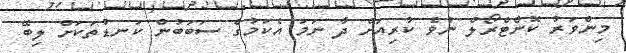
މިންވަރު ކޮންޓްރޯލް ނުވެ ކުރިއަށް ދާ ނަމަ އެކަމުގެ ސަބަބުން ކަނޑުތަކަށް ލިބޭ